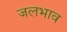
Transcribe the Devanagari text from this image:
जलभाव